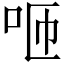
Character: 咂